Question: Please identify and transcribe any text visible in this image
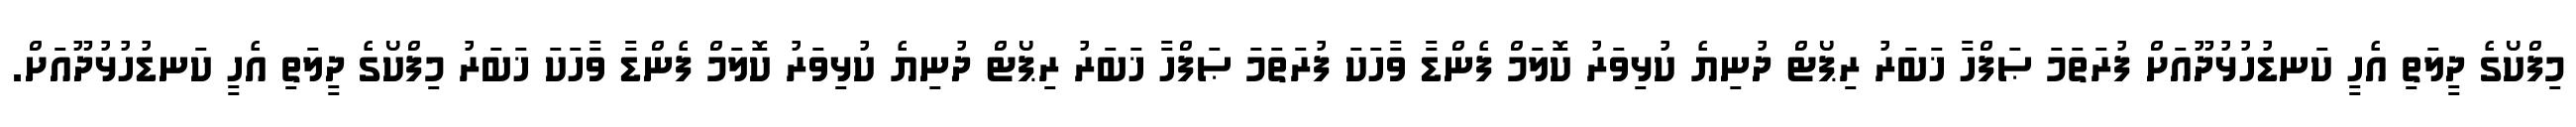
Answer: މިފްކޯގެ ދީލަތި އެހީ ކަނޑުހުޅުދޫއަށް ފުރަތަމަ ޞަފްހާ ޚަބަރު ރިޕޯޓް ދުނިޔެ ކުޅިވަރު ކޮލަމް ފެންޑާ ވާހަކަ ފުރަތަމަ ޞަފްހާ ޚަބަރު ރިޕޯޓް ދުނިޔެ ކުޅިވަރު ކޮލަމް ފެންޑާ ވާހަކަ ޚަބަރު މިފްކޯގެ ދީލަތި އެހީ ކަނޑުހުޅުދޫއަށް.